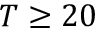
T \geq 2 0